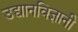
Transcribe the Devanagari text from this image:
उद्यानविज्ञानी